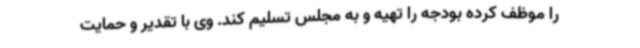
را موظف کرده بودجه را تهیه و به مجلس تسلیم کند. وی با تقدیر و حمایت